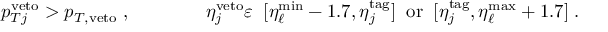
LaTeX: p _ { T j } ^ { \mathrm { v e t o } } > p _ { T , \mathrm { v e t o } } \; , \qquad \qquad \eta _ { j } ^ { \mathrm { v e t o } } \varepsilon \; \; [ \eta _ { \ell } ^ { \mathrm { m i n } } - 1 . 7 , \eta _ { j } ^ { \mathrm { t a g } } ] \; \; \mathrm { o r } \; \; [ \eta _ { j } ^ { \mathrm { t a g } } , \eta _ { \ell } ^ { \mathrm { m a x } } + 1 . 7 ] \; .